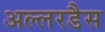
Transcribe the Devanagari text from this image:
अल्लरडैस